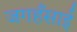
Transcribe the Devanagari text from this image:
जगहँसाई